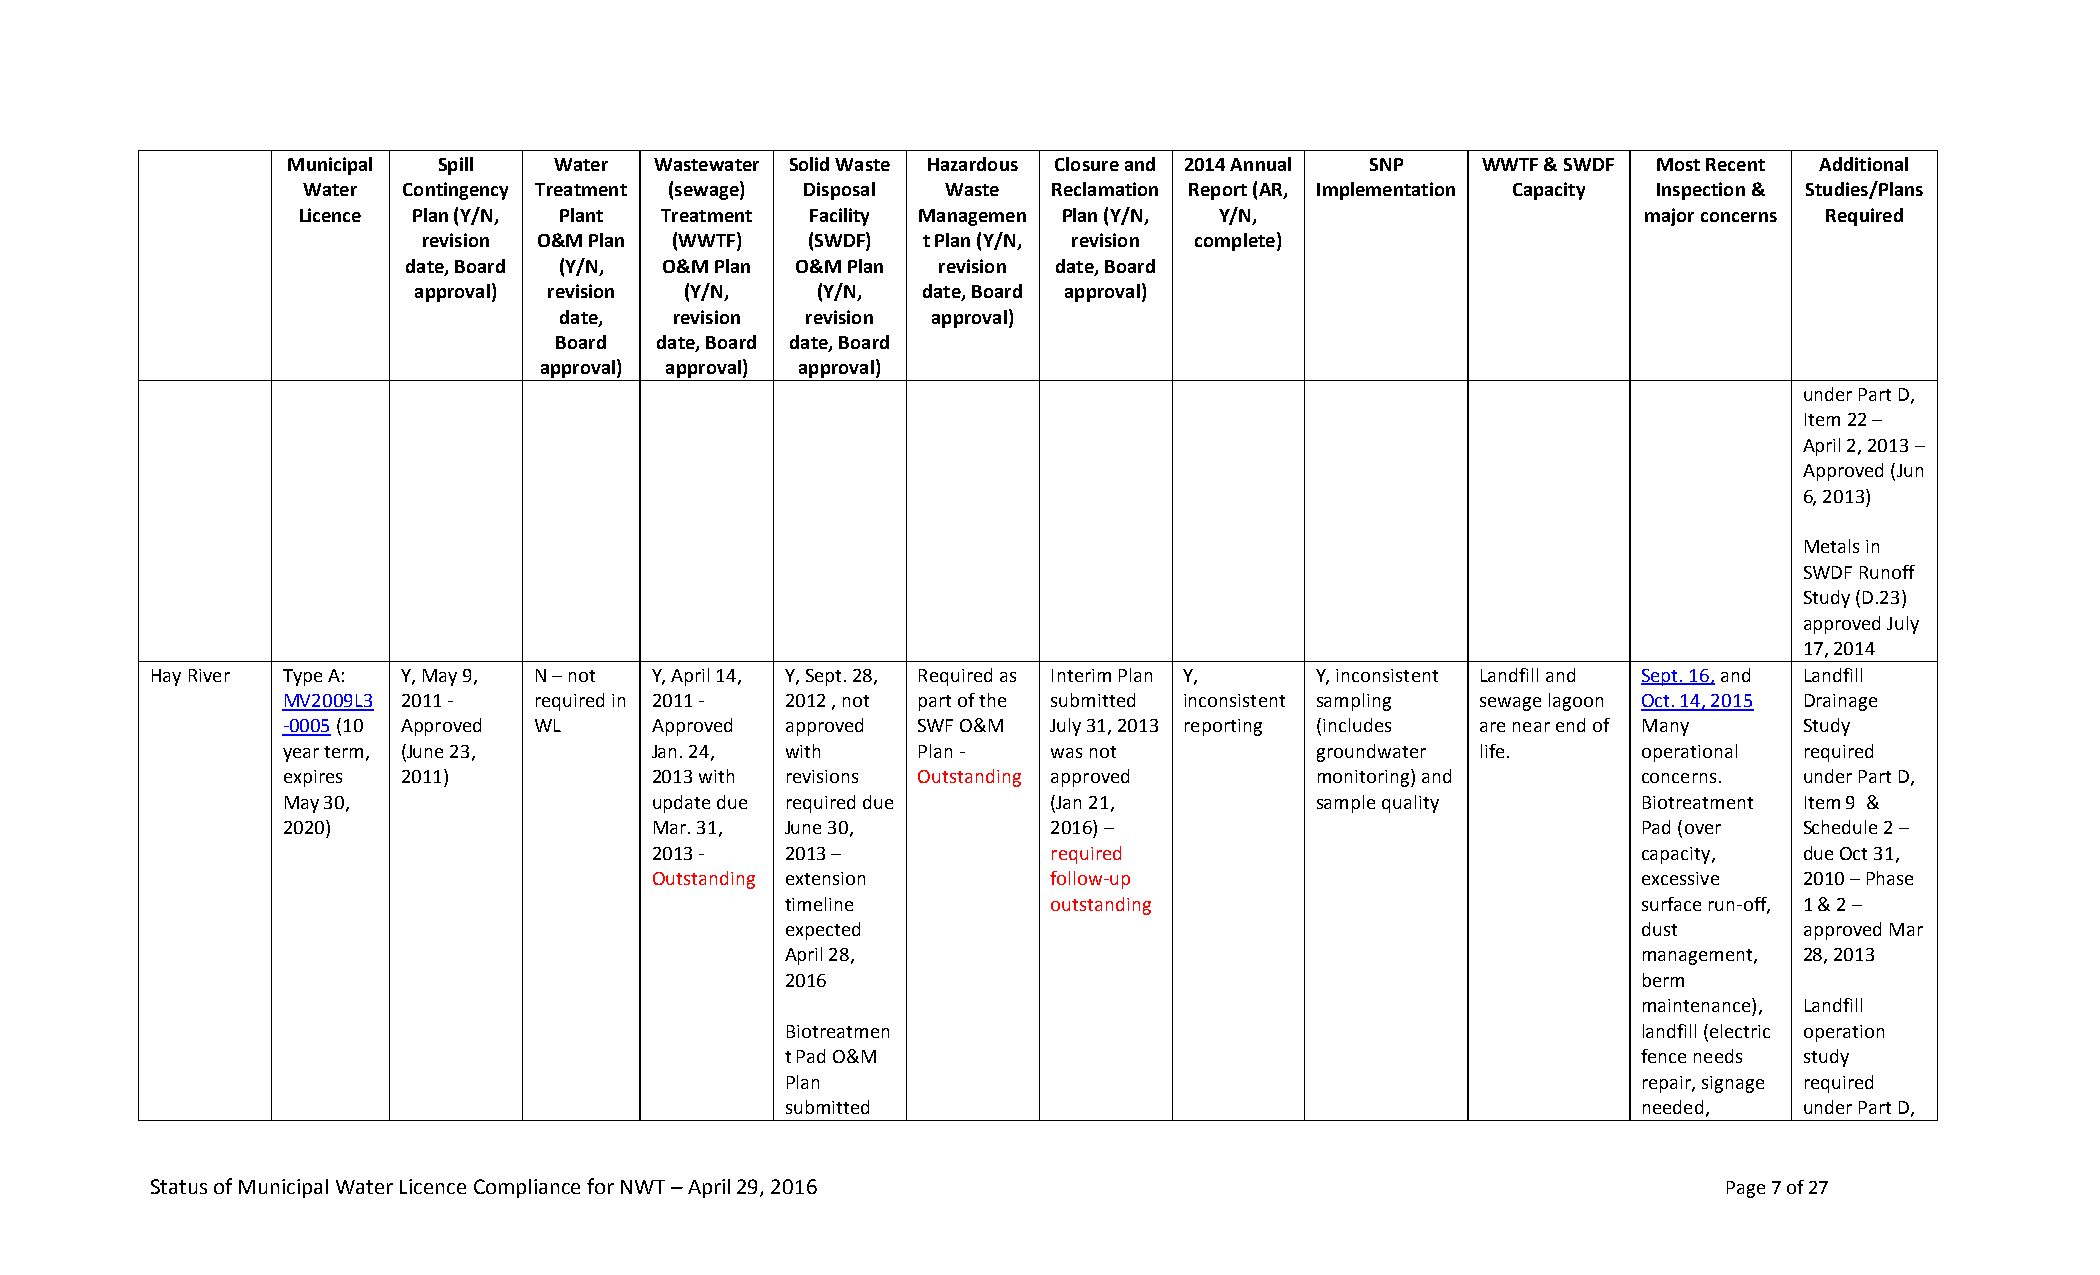
Municipal Spill   Water Wastewater Solid Waste Hazardous Closure and 2014 Annual SNP WWTF & SWDF Most Recent Additional
 Water  Contingency Treatment (sewage) Disposal Waste Reclamation Report (AR, Implementation Capacity Inspection & Studies/Plans
 Licence Plan (Y/N, Plant Treatment Facility Managemen Plan (Y/N, Y/N,                    major concerns Required
 revision O&M Plan (WWTF) (SWDF)  t Plan (Y/N, revision complete)
 date, Board (Y/N, O&M Plan O&M Plan revision date, Board
 approval) revision (Y/N,   (Y/N,  date, Board approval)
 date,   revision revision approval)
 Board date, Board date, Board
 approval) approval) approval)
 under Part D,
 Item 22 –
 April 2, 2013 –
 Approved (Jun
 6, 2013)
 Metals in
 SWDF Runoff
 Study (D.23)
 approved July
 17, 2014
 Hay River Type A: Y, May 9, N – not Y, April 14, Y, Sept. 28, Required as Interim Plan Y, Y, inconsistent Landfill and Sept. 16, and Landfill
 MV2009L3 2011 - required in 2011 - 2012 , not part of the submitted inconsistent sampling sewage lagoon Oct. 14, 2015 Drainage
 -0005 (10 Approved WL   Approved approved SWF O&M  July 31, 2013 reporting (includes are near end of Many Study
 year term, (June 23,    Jan. 24, with     Plan -   was not          groundwater life.     operational required
 expires 2011)           2013 with revisions Outstanding approved    monitoring) and       concerns. under Part D,
 May 30,                 update due required due    (Jan 21,         sample quality        Biotreatment Item 9 &
 2020)                   Mar. 31, June 30,          2016) –                                Pad (over Schedule 2 –
 2013 -   2013 –            required                               capacity, due Oct 31,
 Outstanding extension      follow-up                              excessive 2010 – Phase
 timeline          outstanding                            surface run-off, 1 & 2 –
 expected                                                 dust      approved Mar
 April 28,                                                management, 28, 2013
 2016                                                     berm
 maintenance), Landfill
 Biotreatmen                                              landfill (electric operation
 t Pad O&M                                                fence needs study
 Plan                                                     repair, signage required
 submitted                                                needed,   under Part D,
 Status of Municipal Water Licence Compliance for NWT – April 29, 2016                                   Page 7 of 27